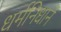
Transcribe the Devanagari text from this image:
धर्मनिधानें